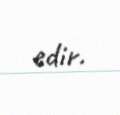
edir.